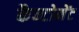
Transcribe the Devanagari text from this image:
कैन्‍टोमेंट